Audit of accounts. Local Government (Scotland) Act, 1929, 1929
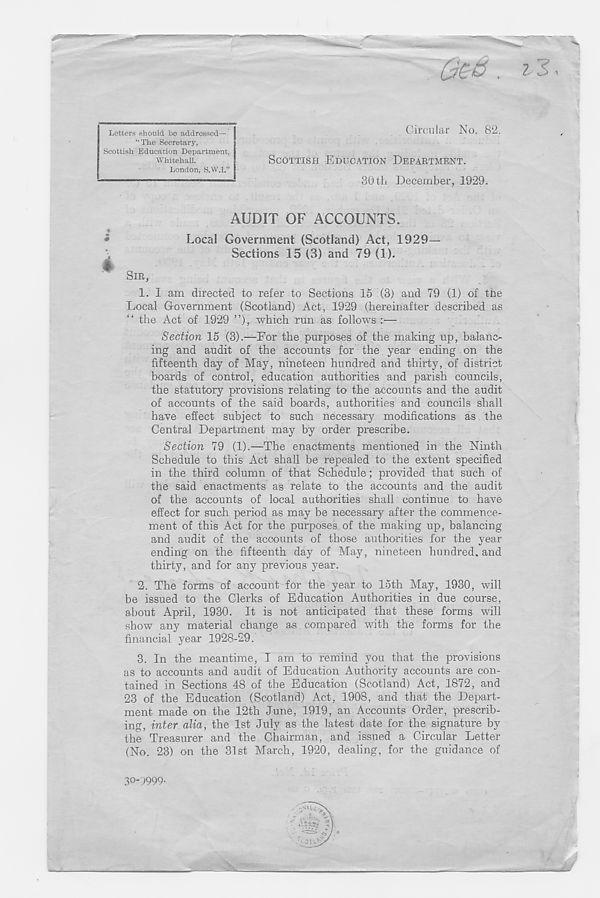
Letters should be addressed—
Circular No. 82.
“The Secretary,
Scottish Education Department,
Whitehall.
London, S.W.l.”
SCOTTISH EDUCATION DEPARTMENT.
30th December, 1929.
AUDIT OF ACCOUNTS.
4
#
Local Government (Scotland) Act, 1929
Sections 15 (3) and 79 (1).
SIR,
1. I am directed to refer to Sections 15 (3) and 79 (1) of the
Local Government (Scotland) Act, 1929 (hereinafter described as
“ the Act of 1929 ”), which run as follows :—
Section 15 (3).—For the purposes of the making up, balanc-
ing and audit of the accounts for the year ending on the
fifteenth day of May, nineteen hundred and thirty, of district
boards of control, education authorities and parish councils,
the statutory provisions relating to the accounts and the audit
of accounts of the said boards, authorities and councils shall
have effect subject to such necessary modifications as the
Central Department may by order prescribe.
Section 79 (1).—The enactments mentioned in the Ninth
Schedule to this Act shall be repealed to the extent specified
in the third column of that Schedule; provided that such of
the said enactments as relate to the accounts and the audit
of the accounts of local authorities shall continue to have
effect for such period as may be necessary after the commence-
ment of this Act for the purposes of the making up, balancing
and audit of the accounts of those authorities for the year
ending on the fifteenth day of May, nineteen hundred, and
thirty, and for any previous year.
2. The forms of account for the year to 15th May, 1930, will
be issued to the Clerks of Education Authorities in due course,
about April, 1930. It is not anticipated that these forms will
show any material change as compared with the forms for the
financial year 1928-29.
3. In the meantime, I am to remind you that the provisions
as to accounts and audit of Education Authority accounts are con-
tained in Sections 48 of the Education (Scotland) Act, 1872, and
23 of the Education (Scotland) Act, 1908, and that the Depart-
ment made on the 12th June, 1919, an Accounts Order, prescrib-
ing, inter alia, the 1st July as the latest date for the signature by
the Treasurer and the Chairman, and issued a Circular Letter
(No. 23) on the 31st March, 1920, dealing, for the guidance of
30-1999-